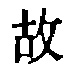
故